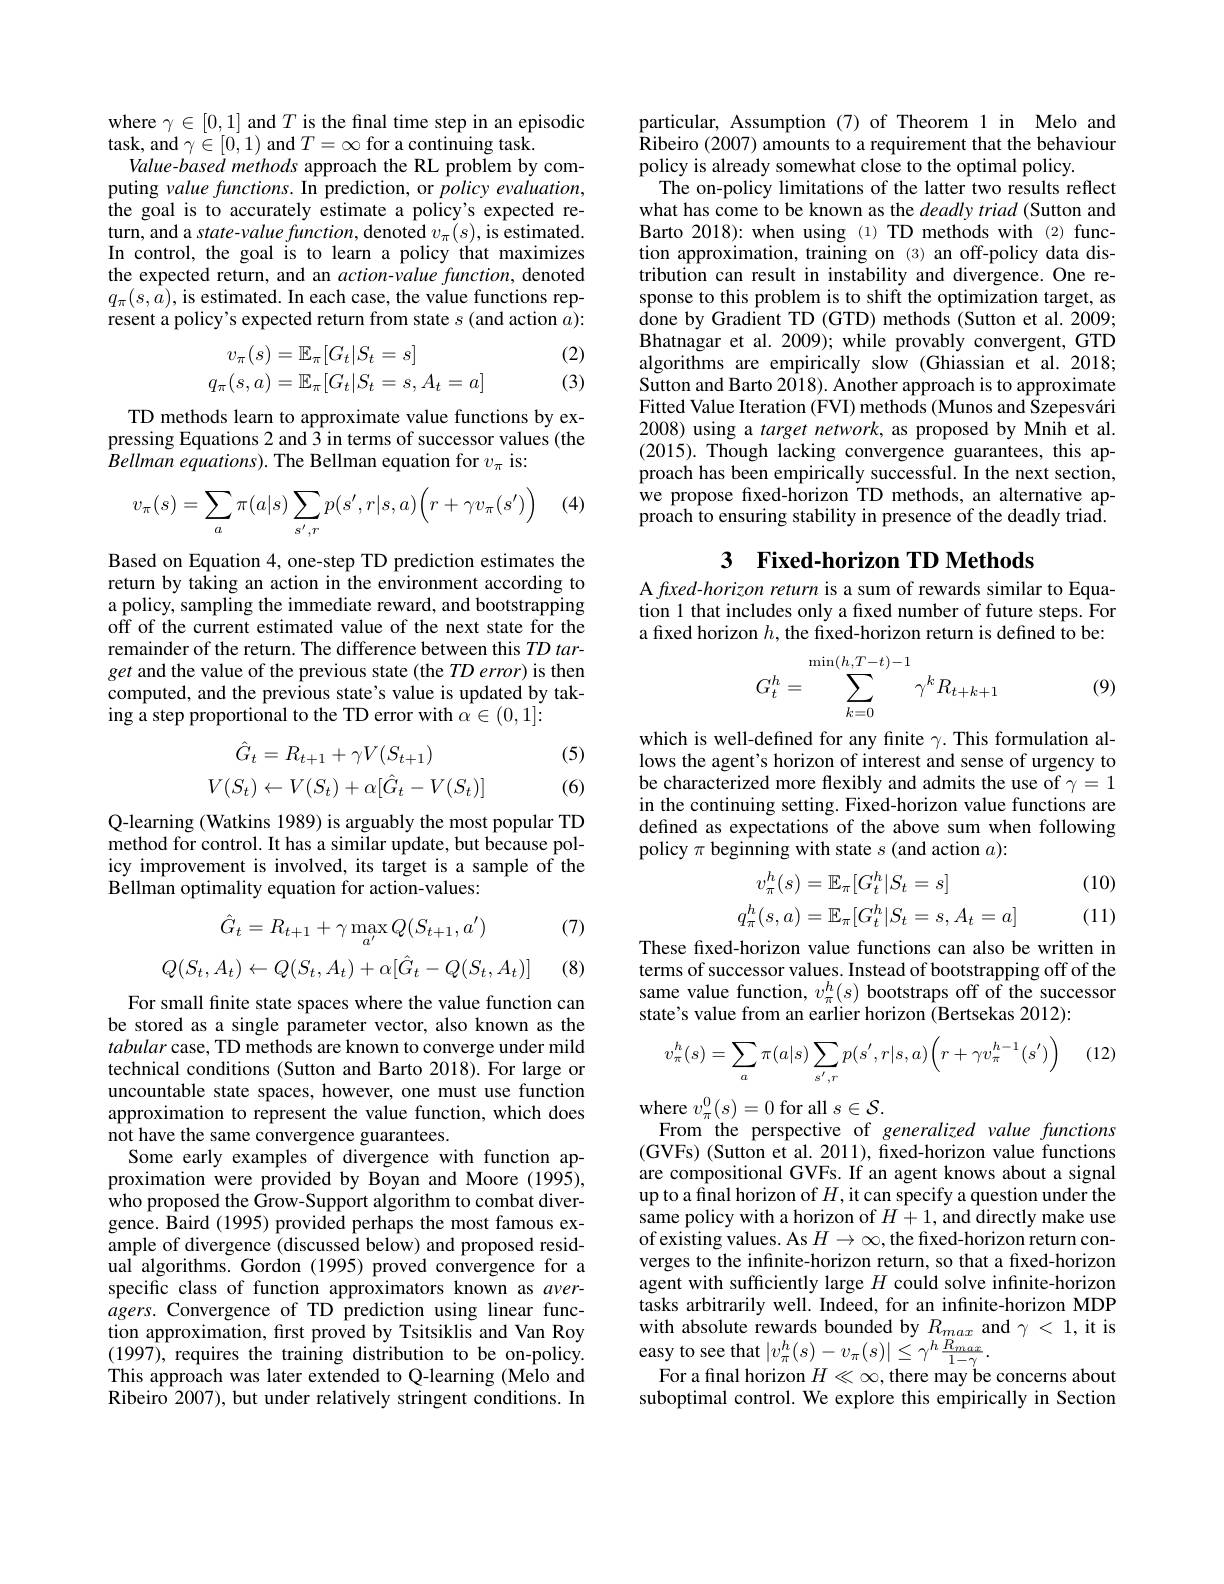
where $\gamma\in[0,1]$ and $T$ is the final time step in an episodic
task, and $\gamma\in[0,1)$ and $T=\infty$ for a continuing task.
Value-based methods approach the RL problem by computing value functions. In prediction, or policy evaluation, the goal is to accurately estimate a policy's expected return, and a state- value function, denoted $v_{\pi}(s)$, is estimated. In control, the goal is to learn a policy that maximizes the expected return, and an action-value function, denoted $q_{\pi}(s,\hat{a})$, is estimated. In each case, the value functions represent a policy's expected return from state $s$ (and action $a):$
$$\begin{aligned}v_{\pi}(s)&=\mathbb{E}_{\pi}[G_{t}|S_{t}=s]\\q_{\pi}(s,a)&=\mathbb{E}_{\pi}[G_{t}|S_{t}=s,A_{t}=a]\end{aligned}$$
(2) (3)

TD methods learn to approximate value functions by expressing Equations 2 and 3 in terms of successor values (the Bellman equations). The Bellman equation for $v_\pi$ is:

(4)
$$v_{\pi}(s)=\sum_{a}\pi(a|s)\sum_{s',r}p(s',r|s,a)\Big(r+\gamma v_{\pi}(s')\Big)$$
Based on Equation 4, one-step TD prediction estimates the return by taking an action in the environment according to a policy, sampling the immediate reward, and bootstrapping off of the current estimated value of the next state for the remainder of the return. The difference between this $TD\textit{tar- }$ get and the value of the previous state (the TD error) is then computed, and the previous state's value is updated by tak- $\hat{\text{ing a step proportional to the TD error with }\alpha}\in(0,1]{:}$

(5)

(6)
$$\begin{aligned}\hat{G}_t&=R_{t+1}+\gamma V(S_{t+1})\\V(S_t)&\leftarrow V(S_t)+\alpha[\hat{G}_t-V(S_t)]\end{aligned}$$
Q-learning (Watkins 1989) is arguably the most popular TD method for control. It has a similar update, but because policy improvement is involved, its target is a sample of the Bellman optimality equation for action-values:

(7)
$$\hat{G}_{t}=R_{t+1}+\gamma\max_{a^{\prime}}Q(S_{t+1},a^{\prime})\\Q(S_{t},A_{t})\leftarrow Q(S_{t},A_{t})+\alpha[\hat{G}_{t}-Q(S_{t},A_{t})]$$
(8)

For small fnite state spaces where the value function can be stored as a single parameter vector, also known as the tabular case, TD methods are known to converge under mild technical conditions (Sutton and Barto 2018).For large or uncountable state spaces, however, one must use function approximation to represent the value function, which does not have the same convergence guarantees.
Some early examples of divergence with function approximation were provided by Boyan and Moore (1995), who proposed the $\hat{\text{Grow-Support algorithm to combat diver-}}$ gence. Baird (1995) provided perhaps the most famous example of divergence (discussed below) and proposed residual algorithms. Gordon (1995) proved convergence for a specific class of function approximators known as aver- $agers.$ Convergence of TD prediction using linear function approximation, frst proved by Tsitsiklis and Van Roy (1997), requires the training distribution to be on-policy. This approach was later extended to Q-learning (Melo and Ribeiro 2007), but under relatively stringent conditions. In

particular, Assumption(7) of Theorem 1 in Melo and Ribeiro (2007) amounts to a requirement that the behaviour policy is already somewhat close to the optimal policy.
The on-policy limitations of the latter two results reflect what has come to be known as the deadly triad (Sutton and Barto 2018): when using (1) TD methods with (2) function approximation, training on (3) an off-policy data distribution can result in instability and divergence. One response to this problem is to shift the optimization target, as done by Gradient TD (GTD) methods (Sutton et al. 2009; Bhatnagar et al. 2009); while provably convergent, GTD algorithms are empirically slow (Ghiassian et al.2018; Sutton and Barto 2018). Another approach is to approximate Fitted Value Iteration (FVI) methods (Munos and Szepesvári 2008) using a target network, as proposed by Mnih et al. (2015). Though lacking convergence guarantees, this approach has been empirically successful. In the next section, we propose fxed-horizon TD methods, an alternative approach to ensuring stability in presence of the deadly triad.

# 3 Fixed-horizon TD Methods

A fixed-horizon return is a sum of rewards similar to Equation 1 that includes only a fixed number of future steps. For a fixed horizon $h$, the fixed-horizon return is defined to be:
$$G_t^h=\sum\limits_{k=0}^{\min(h,T-t)-1}\gamma^kR_{t+k+1}$$
(9)

which is well-defined for any finite $\gamma.$ This formulation allows the agent's horizon of interest and sense of urgency to be characterized more flexibly and admits the use of $\gamma=1$ in the continuing setting. Fixed-horizon value functions are defined as expectations of the above sum when following policy $\pi$ beginning with state $s$ (and action $a):$

(10)
$$\begin{aligned}v_{\pi}^{h}(s)&=\mathbb{E}_{\pi}[G_{t}^{h}|S_{t}=s]\\q_{\pi}^{h}(s,a)&=\mathbb{E}_\pi[G_t^h|S_t=s,A_t=a]\end{aligned}$$
(11)

These fixed-horizon value functions can also be written in terms of successor values. Instead of bootstrapping off of the same value function, $v_\pi^h(s)$ bootstraps off of the successor state's value from an earlier horizon (Bertsekas 2012):

(12)
$$v_\pi^h(s)=\sum_a\pi(a|s)\sum_{s',r}p(s',r|s,a)\Big(r+\gamma v_\pi^{h-1}(s')\Big)$$
where $v_\pi^0(s)=0$ for all $s\in\mathcal{S}.$
From the perspective of generalized value functions $(GVFs)(Sutton~et~al.~2011),~fixed-horizon~value~functions$ are compositional GVFs. If an agent knows about a signal up to a final horizon of $H$, it can specify a question under the same policy with a horizon of $H+1$, and directly make use of existing values. As $H\to\infty$, the fixed-horizon return converges to the infinite-horizon return, so that a fixed-horizon agent with sufficiently large $H$ could solve infinite-horizon tasks arbitrarily well. Indeed, for an infnite-horizon MDP $\begin{array}{l}{\text{with absolute rewards bounded by }R_{max}\mathrm{~and~}\gamma<1,\mathrm{~it~is}}\\{\text{easy to see that }|v_{\pi}^{h}(s)-v_{\pi}(s)|\leq\gamma^{h}\frac{R_{max}}{1-\gamma}.}\end{array}$
For a final horizon $H\ll\infty$,there may be concerns about suboptimal control. We explore this empirically in Section